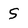
Character: 5